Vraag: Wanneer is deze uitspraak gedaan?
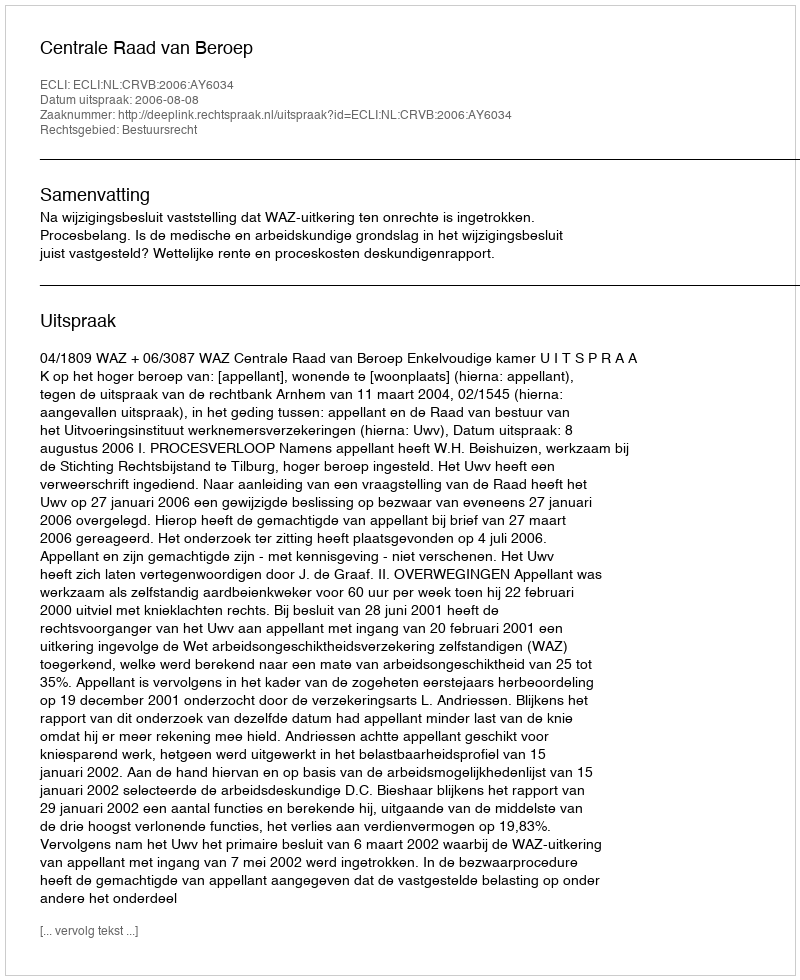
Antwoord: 2006-08-08